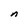
Character: n